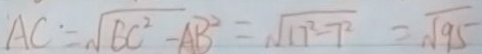
A C = \sqrt { B C ^ { 2 } - A B ^ { 2 } } = \sqrt { 1 7 ^ { 2 } - 7 ^ { 2 } } = \sqrt { 9 5 }